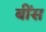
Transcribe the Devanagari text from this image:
बींस